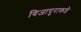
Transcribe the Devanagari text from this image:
विजापुराकडे